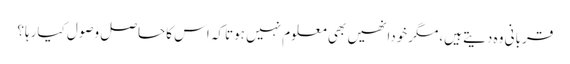
قربانی وہ دیتے ہیں،مگرخودانھیں بھی معلوم نہیں ہوتاکہ اس کاحاصل وصول کیارہا؟